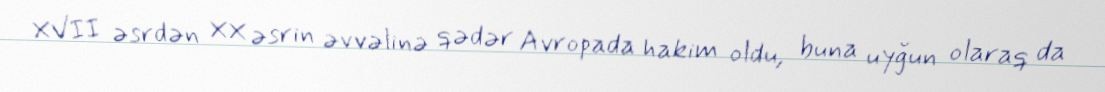
XVII əsrdən XX əsrin əvvəlinə qədər Avropada hakim oldu, buna uyğun olaraq da